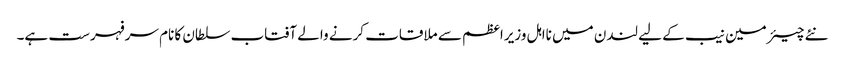
نئے چیئرمین نیب کے لیے لندن میں نااہل وزیراعظم سے ملاقات کرنے والے آفتاب سلطان کا نام سرفہرست ہے۔